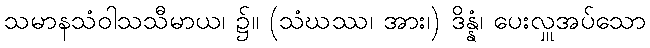
သမာနသံဝါသသီမာယ၊ ၌။ (သံဃဿ၊ အား၊) ဒိန္နံ၊ ပေးလှူအပ်သော